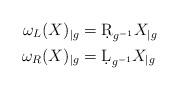
LaTeX: \begin{align*}\omega_L(X)_{|g} &=\d R_{g^{-1}} X_{|g}\\\omega_R(X)_{|g} &=\d L_{g^{-1}} X_{|g}\end{align*}